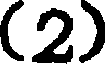
(2)